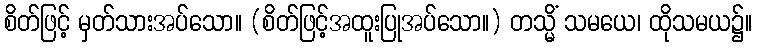
စိတ်ဖြင့် မှတ်သားအပ်သော။ (စိတ်ဖြင့်အထူးပြုအပ်သော။) တသ္မိံ သမယေ၊ ထိုသမယ၌။